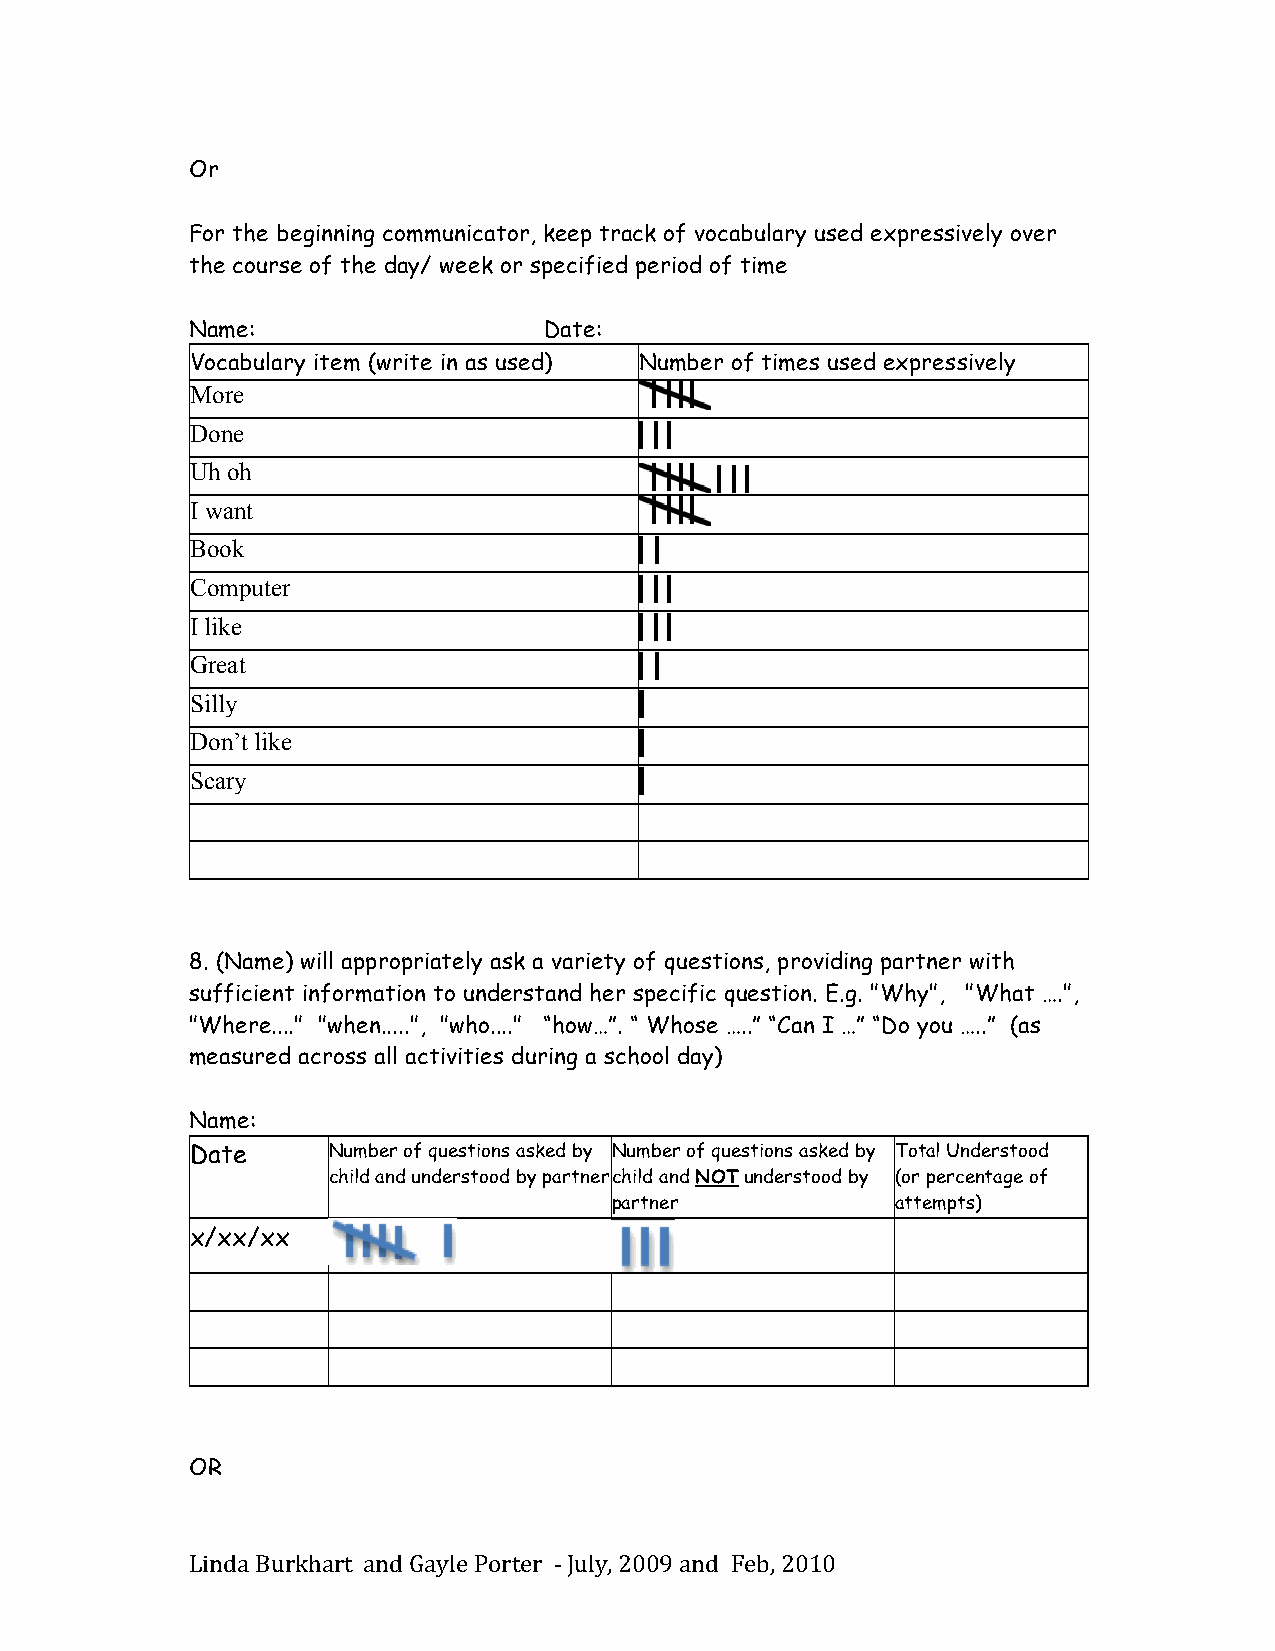
Or
 For the beginning communicator, keep track of vocabulary used expressively over
 the course of the day/ week or specified period of time
 Name:                  Date:
 Vocabulary item (write in as used) Number of times used expressively
 More
 Done
 Uh oh
 I want
 Book
 Computer
 I like
 Great
 Silly
 Don’t like
 Scary
 8. (Name) will appropriately ask a variety of questions, providing partner with
 sufficient information to understand her specific question. E.g. "Why", "What ….",
 "Where...." "when.....", "who...." “how…”. “ Whose …..” “Can I …” “Do you …..” (as
 measured across all activities during a school day)
 Name:
 Date     Number of questions asked by Number of questions asked by Total Understood
 child and understood by partner child and NOT understood by (or percentage of
 partner           attempts)
 x/xx/xx
 OR
 Linda Burkhart and Gayle Porter -­‐‑ July, 2009 and Feb, 2010